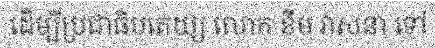
ដើម្បីប្រជាធិបតេយ្យ លោក ខឹម វាសនា ទៅ